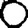
Digit: 0